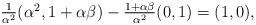
LaTeX: \begin{align*}\textstyle\frac{1}{\alpha^2}(\alpha^2,1+\alpha \beta) - \frac{1 + \alpha \beta}{\alpha^2} (0,1) = (1,0),\end{align*}